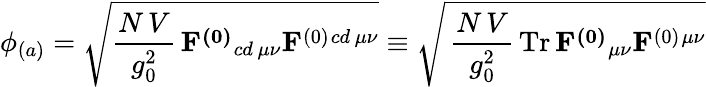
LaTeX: \phi_{(a)}=\sqrt{{\frac{N\, V}{g_{0}^{2}}}\, \mathbf{F^{(0)}}{}_{cd\, \mu\nu}\mathbf{F}^{(0)}{}^{cd\, \mu\nu}}\equiv\sqrt{\, {\frac{N\, V}{g_{0}^{2}}}\, \mathrm{Tr}\, \mathbf{F^{(0)}}{}_{\mu\nu}\mathbf{F}^{(0)}{}^{\mu\nu}}